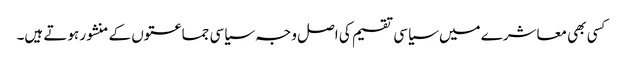
کسی بھی معاشرے میں سیاسی تقسیم کی اصل وجہ سیاسی جماعتوں کے منشور ہوتے ہیں۔